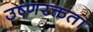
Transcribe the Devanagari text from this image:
उष्णरक्तता